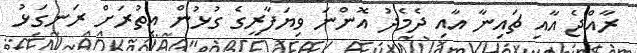
ރާއްޖެ އާއި ޗައިނާ އާއި ދެމެދު އޮންނަ ވިޔަފާރީގެ ގުޅުން އިތުރަށް ރަނގަޅު